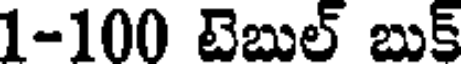
1-100 టెబుల్ బుక్